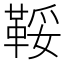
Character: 鞖